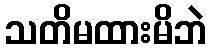
သတိမထားမိဘဲ